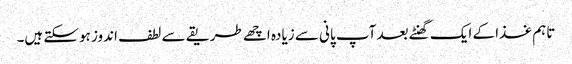
تاہم غذا کے ایک گھنٹے بعد آپ پانی سے زیادہ اچھے طریقے سے لطف اندوز ہوسکتے ہیں۔